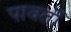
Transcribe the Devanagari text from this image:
पावर्ती